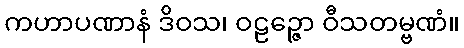
ကဟာပဏာနံ ဒိဝသ၊ ဝဠဉ္ဇော ဝီသတမ္ဗဏံ။